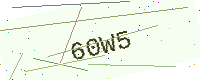
Text: 60W5